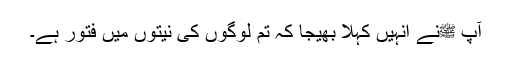
آپ ﷺنے انہیں کہلا بھیجا کہ تم لوگوں کی نیتوں میں فتور ہے۔